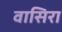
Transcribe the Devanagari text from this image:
वासिरा